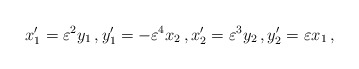
\begin{align*}x_1^\prime = \varepsilon^2 y_1 \, , y_1^\prime = - \varepsilon^4 x_2 \, , x_2^\prime = \varepsilon^3 y_2 \, , y_2^\prime = \varepsilon x_1 \, , \end{align*}